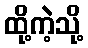
ထို့ကဲ့သို့